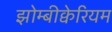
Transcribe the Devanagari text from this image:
झोम्बीक्वेरियम